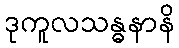
ဒုကူလသန္ဓနာနိ